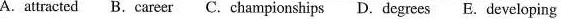
A. attracted B. career C. championships D. degrees E. developing